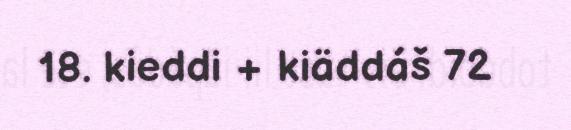
18. kieddi + kiäddáš 72